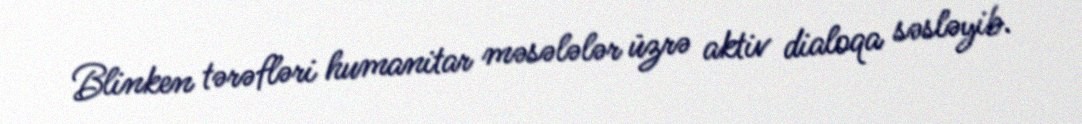
Blinken tərəfləri humanitar məsələlər üzrə aktiv dialoqa səsləyib.